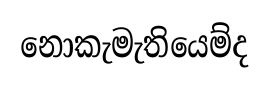
නොකැමැතියෙම්ද